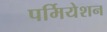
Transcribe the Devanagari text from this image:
पर्मियेशन